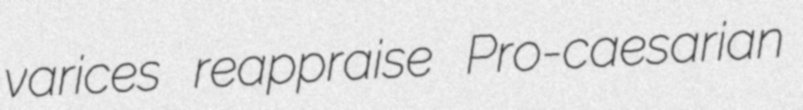
varices reappraise Pro-caesarian